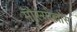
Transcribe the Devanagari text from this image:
मौस्सोल्लोस